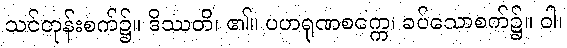
သင်တုန်းစက်၌။ ဒိဿတိ၊ ၏။ ပဟရုဏစက္ကေ၊ ခပ်သောစက်၌။ ဝါ၊